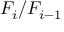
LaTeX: F _ { i } / F _ { i - 1 }